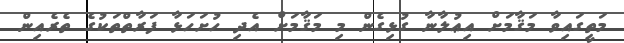
މަތީގައިވާ މަޤާމަށް އިޢުލާނާ ގުޅިގެން މި މަޤާމަށް އެދި ހުށަހަޅާ ފަރާތްތަކުގެ ތެރެއިން